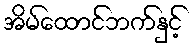
အိမ်ထောင်ဘက်နှင့်